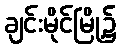
ချင်းမိုင်မြို့၌